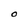
Character: O